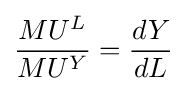
{{MU^{L}} \over {MU^{Y}}}={{dY} \over {dL}}